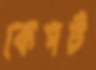
কেপট